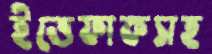
ইত্তেফাকসহ